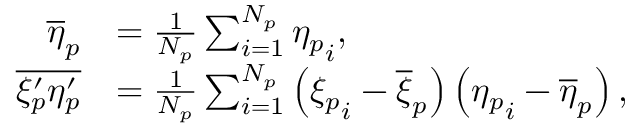
\begin{array} { r l } { \overline { { \eta } } _ { p } } & { = \frac { 1 } { N _ { p } } \sum _ { i = 1 } ^ { N _ { p } } { \eta _ { p } } _ { i } , } \\ { \overline { { \xi _ { p } ^ { \prime } \eta _ { p } ^ { \prime } } } } & { = \frac { 1 } { N _ { p } } \sum _ { i = 1 } ^ { N _ { p } } \left( { \xi _ { p } } _ { i } - \overline { { \xi } } _ { p } \right) \left( { \eta _ { p } } _ { i } - \overline { { \eta } } _ { p } \right) , } \end{array}